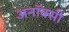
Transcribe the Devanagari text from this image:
अनॉक्सी